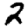
Digit: 2